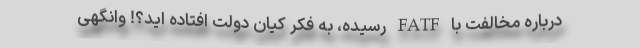
درباره مخالفت با FATF رسیده، به فکر کیان دولت افتاده اید؟! وانگهی